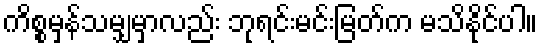
ကိစ္စမှန်သမျှမှာလည်း ဘုရင်းမင်းမြတ်က မသိနိုင်ပါ။